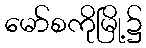
မော်စကိုမြို့၌